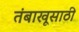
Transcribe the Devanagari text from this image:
तंबाखूसाठी